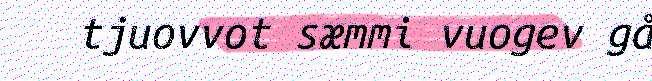
tjuovvot sæmmi vuogev gå